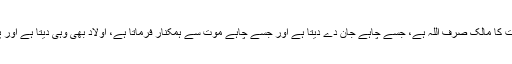
اسی طرح موت و حیات کا مالک صرف اللہ ہے، جسے چاہے جان دے دیتا ہے اور جسے چاہے موت سے ہمکنار فرماتا ہے، اولاد بھی وہی دیتا ہے اور پھر واپس بھی لیتا ہے۔